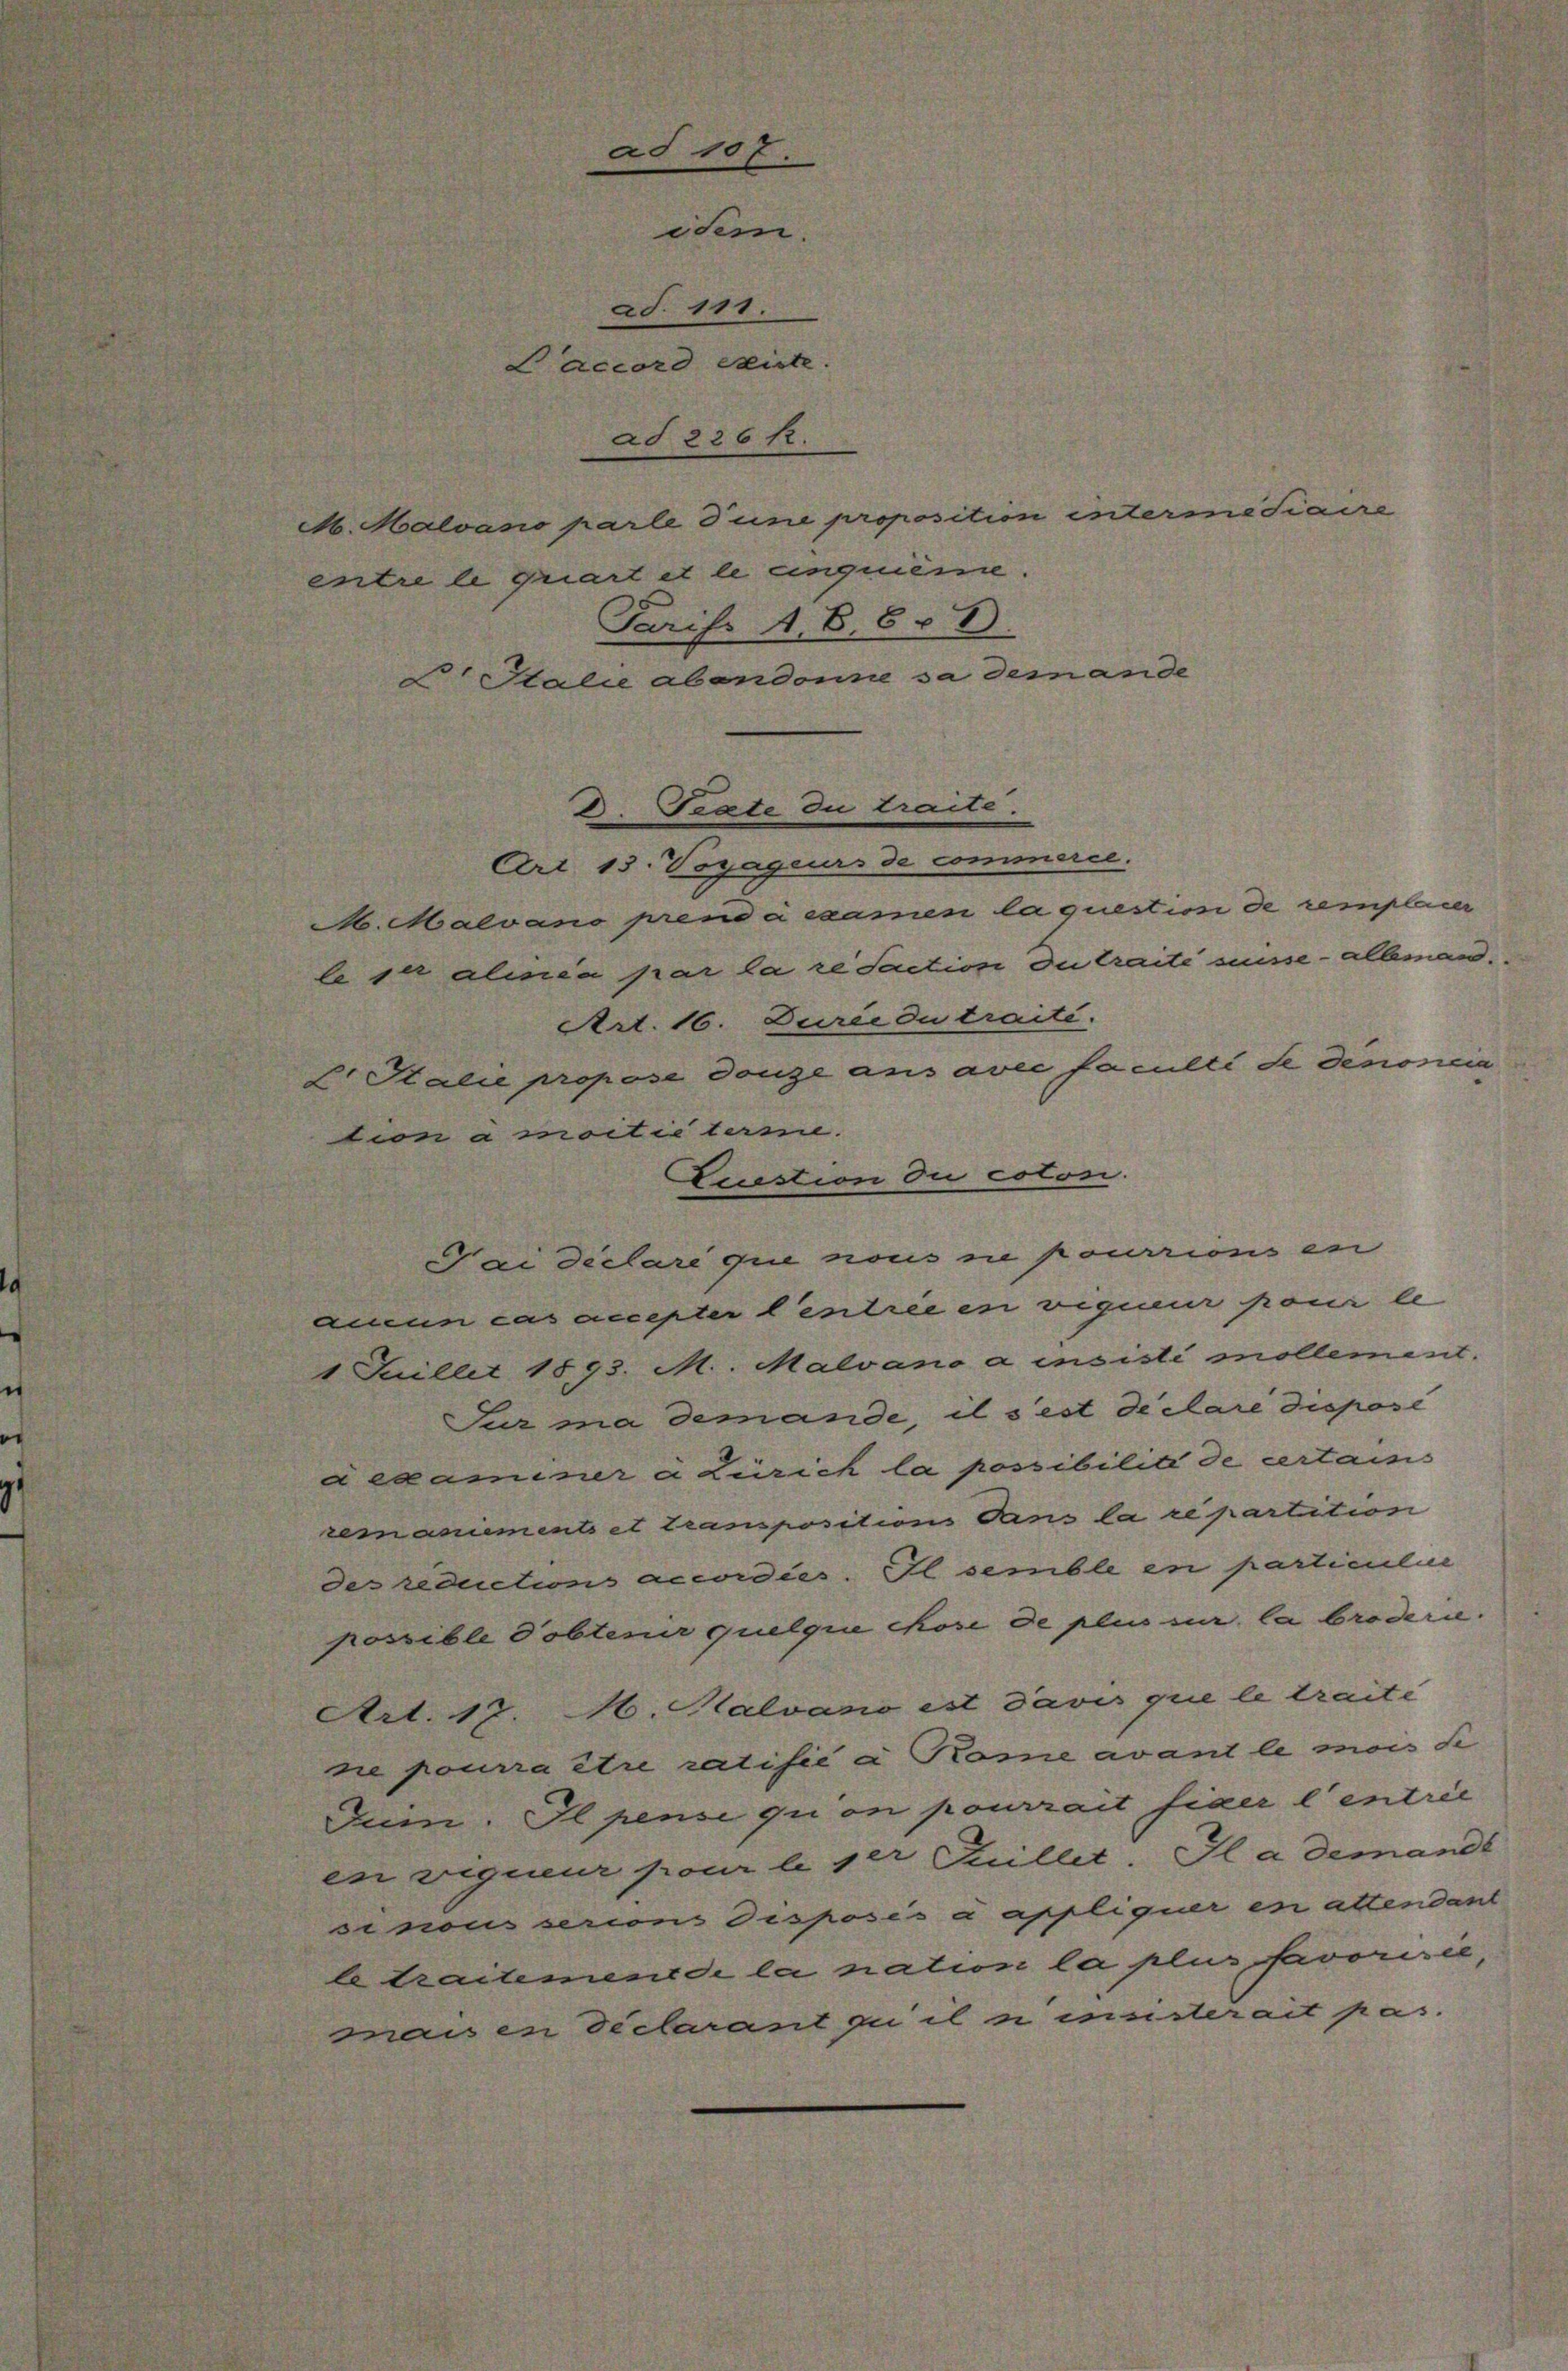
§§ 226 f.
M. Malvano parle d une proposition intermédiaire
entre le griert et le cinquième.
Paris A. S. 6. D
Italie abandonne sa dem ande
Trate du traite.
Art. 13. Voyageurs de commerce.
M. Malvano prend a ssamen la question de remplacer
le sie alinea par la re Saction du traite suise - allemand.
Art. 16. Durie du traité.
Stalie propose douze aus avec faculté de dénoncia
tion à moitié termie.
Ecestion du coton.
Voi déclaré que nous sie pourrions en
aucun cas accepter Centree in vigineur pour le
1 Juillet 1893. M. Malvano ainsisti sollement.
Jur ma demande, il s’est declare disposi
dexaminer a Zürich la possibilite de certains
rem animents et transpositions dans la repartition
des reduction accordies. Il semble in particulie
possible dobtenir quelque chose de plus sur la brodern.
Art. 17. M. Halvano est Davis que le traite
ne pourra être ratisić à Kome avant le mon Se
Zum. Il pense qu’on pourrait fixer l’entrie
in vigueur pour li ser Kullet. Il a demands
sinous serions disposés a appliquer en attendant
le traitemende la nation la plus favorisie,
mais en declarant zu il n insisterait pas.

ad 107
ad. 111.
Laccord existe.

idem.